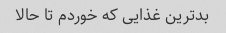
بدترین غذایی که خوردم تا حالا